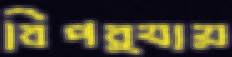
বিপর্যায়